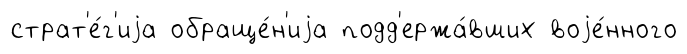
страт'е́г'иjа обраще́н'иjа подд'ержа́вших воjе́нного